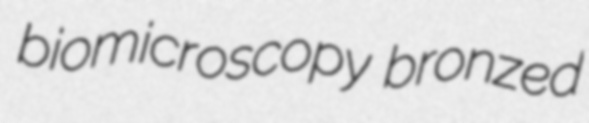
biomicroscopy bronzed